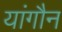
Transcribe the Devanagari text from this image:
यांगौन